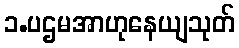
၁.ပဌမအာဟုနေယျသုတ်